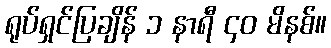
ရုပ်ရှင်ပြချိန် ၁ နာရီ ၄၀ မိနစ်။